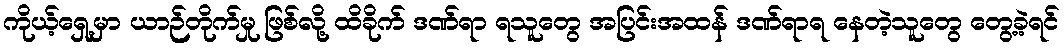
ကိုယ့်ရှေ့မှာ ယာဉ်တိုက်မှု ဖြစ်လို့ ထိခိုက် ဒဏ်ရာ ရသူတွေ အပြင်းအထန် ဒဏ်ရာရ နေတဲ့သူတွေ တွေ့ခဲ့ရင်